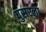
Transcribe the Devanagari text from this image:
पुसरला